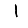
Digit: 1